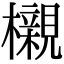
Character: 櫬